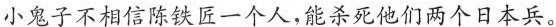
小鬼子不相信陈铁匠一个人,能杀死他们两个日本兵。